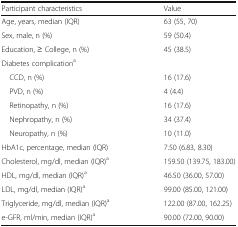
| Participant characteristics | Value |
 | --- | --- |
 | Age, years, median (IQR) | 63 (55, 70) |
 | Sex, male, n (%) | 59 (50.4) |
 | Education, ≥ College, n (%) | 45 (38.5) |
 | <COLSPAN=2> Diabetes complicationa |
 | CCD, n (%) | 16 (17.6) |
 | PVD, n (%) | 4 (4.4) |
 | Retinopathy, n (%) | 16 (17.6) |
 | Nephropathy, n (%) | 34 (37.4) |
 | Neuropathy, n (%) | 10 (11.0) |
 | HbA1c, percentage, median (IQR) | 7.50 (6.83, 8.30) |
 | Cholesterol, mg/dl, median (IQR)a | 159.50 (139.75, 183.00) |
 | HDL, mg/dl, median (IQR)a | 46.50 (36.00, 57.00) |
 | LDL, mg/dl, median (IQR)a | 99.00 (85.00, 121.00) |
 | Triglyceride, mg/dl, median (IQR)a | 122.00 (87.00, 162.25) |
 | e-GFR, ml/min, median (IQR)a | 90.00 (72.00, 90.00) |